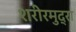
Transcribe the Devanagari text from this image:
शरीरमुद्रा